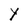
Character: Y